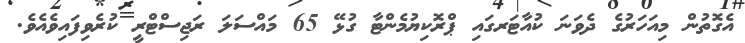
އެގޮތުން މިއަހަރުގެ ދެވަނަ ކުއާޓަރގައި ޕްރޮކިޔުމެންޓާ ގުޅޭ 65 މައްސަލަ ރަޖިސްޓްރީ ކުރެވިފައިވެއެވެ.